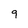
Character: 9